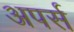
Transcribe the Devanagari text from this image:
अपर्स